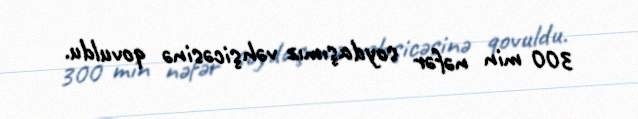
300 min nəfər soydaşımız vəhşicəsinə qovuldu.